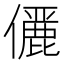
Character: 𠐚